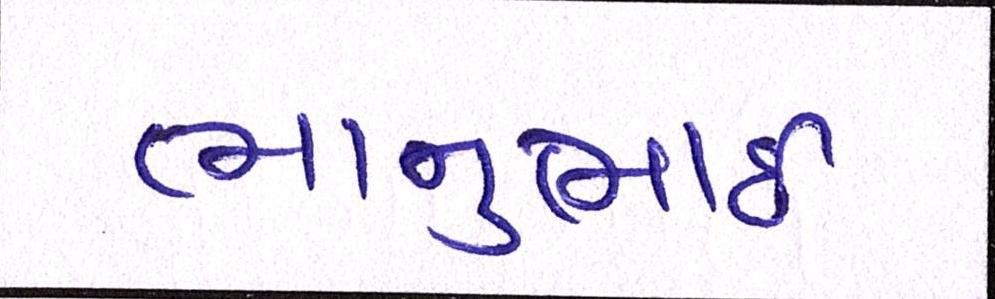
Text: ભાનુભાઈ